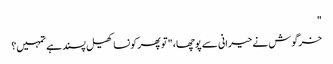
"
خرگوش نے حیرانی سے پوچھا، "تو پھر کونسا کھیل پسند ہے تمہیں؟